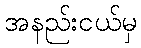
အနည်းငယ်မှ